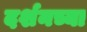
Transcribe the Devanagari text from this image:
दर्शनच्या